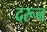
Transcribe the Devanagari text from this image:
दरून